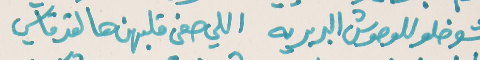
شو خلو للوحوش البربريه   اللي صفى قلبهن هالقد قاسي